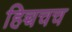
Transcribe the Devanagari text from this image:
हिच्चचच